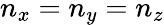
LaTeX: n_{x}=n_{y}=n_{z}